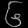
Digit: ၆